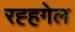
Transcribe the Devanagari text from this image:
रह्हगेल